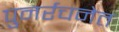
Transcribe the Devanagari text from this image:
पुनर्रचनेत